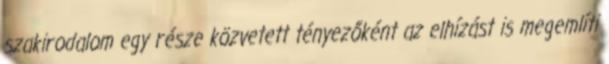
szakirodalom egy része közvetett tényezőként az elhízást is megemlíti